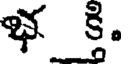
భ క్తి.